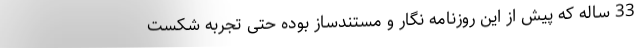
33 ساله که پیش از این روزنامه نگار و مستندساز بوده حتی تجربه شکست